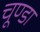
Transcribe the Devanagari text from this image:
चूण्डा